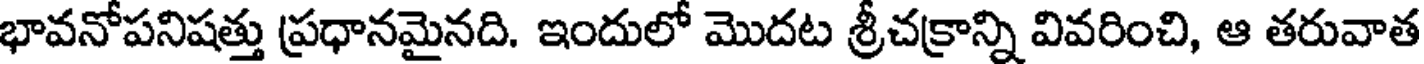
భావనోపనిషత్తు ప్రధానమైనది. ఇందులో మొదట శ్రీచక్రాన్ని వివరించి, ఆ తరువాత